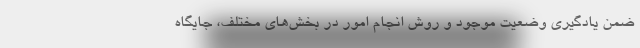
ضمن یادگیری وضعیت موجود و روش انجام امور در بخش‌های مختلف، جایگاه